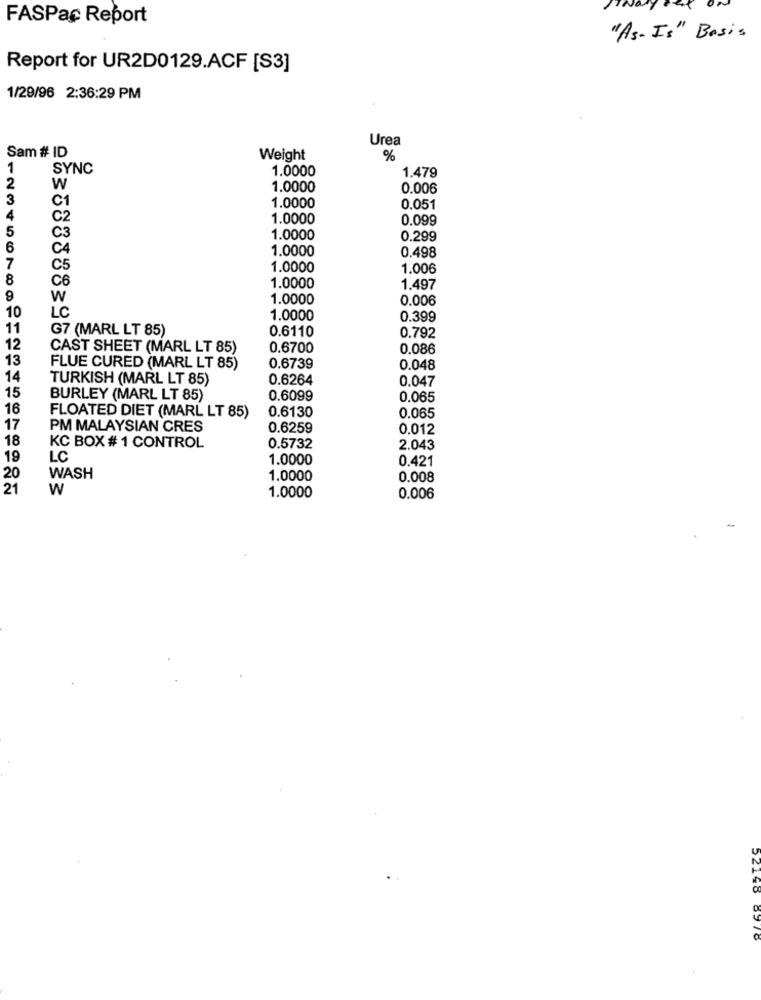
FASPac Report
"As-Is" Basis
Report for UR2D0129.ACF [S3]
1/29/96 2:36:29 PM
Urea
Sam # ID
Weight
%
1
SYNC
1.0000
1.479
2
W
1.0000
0.006
3
C1
1.0000
0.051
4
C2
1.0000
0.099
5
C3
1.0000
0.299
6
C4
1.0000
0.498
7
C5
1.0000
1.006
8
C6
1.0000
1.497
9
W
1.0000
0.006
10
LC
1.0000
0.399
11
G7 (MARL LT 85)
0.6110
12
0.792
CAST SHEET (MARL LT 85)
0.6700
0.086
13
FLUE CURED (MARL LT 85)
0.6739
0.048
14
TURKISH (MARL LT 85)
0.6264
0.047
15
BURLEY (MARL LT 85)
0.6099
0.065
16
0.6130
FLOATED DIET (MARL LT 85)
0.065
17
PM MALAYSIAN CRES
0.6259
0.012
18
KC BOX # 1 CONTROL
0.5732
2.043
19
LC
1.0000
0.421
20
WASH
1.0000
0.008
21
W
1.0000
0.006